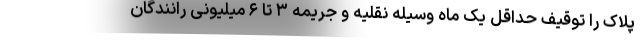
پلاک را توقیف حداقل یک ماه وسیله نقلیه و جریمه ۳ تا ۶ میلیونی رانندگان